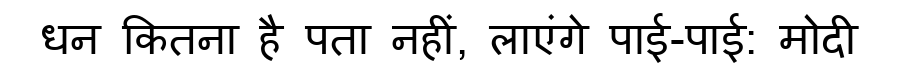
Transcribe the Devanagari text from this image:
धन कितना है पता नहीं, लाएंगे पाई-पाई: मोदी